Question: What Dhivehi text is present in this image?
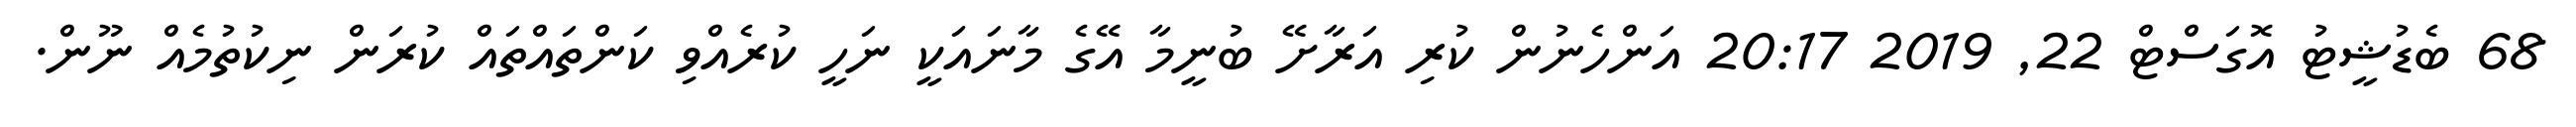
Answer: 68 ބެޑުޝީޓު އޮގަސްޓް 22, 2019 20:17 އަންހެނުން ކުރި އަރާށޭ ބުނީމާ އޭގެ މާނައަކީ ނަހީ ކުރެއްވި ކަންތައްތައް ކުރަން ނިކުތުމެއް ނޫން.